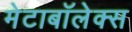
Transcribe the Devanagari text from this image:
मेटाबॉलेक्स